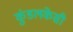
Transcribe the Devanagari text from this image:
कुंडलकेसी